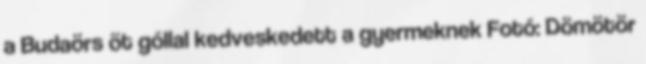
a Budaörs öt góllal kedveskedett a gyermeknek Fotó: Dömötör